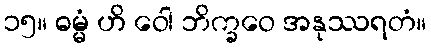
၁၅။ ဓမ္မံ ဟိ ဝေါ ဘိက္ခဝေ အနုဿရတံ။